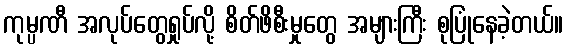
ကုမ္ပဏီ အလုပ်တွေရှုပ်လို့ စိတ်ဖိစီးမှုတွေ အများကြီး စုပြုံနေခဲ့တယ်။